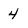
Character: 4